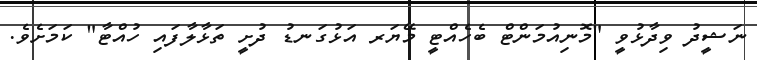
ނަޝީދު ވިދާޅުވީ "މޮނިއުމަންޓް ބެހެއްޓީ މޭޔަރ އަޅުގަނޑު ދުށީ ތަޅާލާފައި ހުއްޓާ" ކަމަށެވެ.